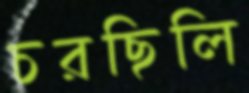
চরছিলি